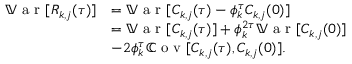
\begin{array} { r l } { \mathbb { V } \textrm { a r } [ R _ { k , j } ( \tau ) ] } & { = \mathbb { V } \textrm { a r } [ C _ { k , j } ( \tau ) - \phi _ { k } ^ { \tau } C _ { k , j } ( 0 ) ] } \\ & { = \mathbb { V } \textrm { a r } [ C _ { k , j } ( \tau ) ] + \phi _ { k } ^ { 2 \tau } \mathbb { V } \textrm { a r } [ C _ { k , j } ( 0 ) ] } \\ & { - 2 \phi _ { k } ^ { \tau } \mathbb { C } \textrm { o v } [ C _ { k , j } ( \tau ) , C _ { k , j } ( 0 ) ] . } \end{array}